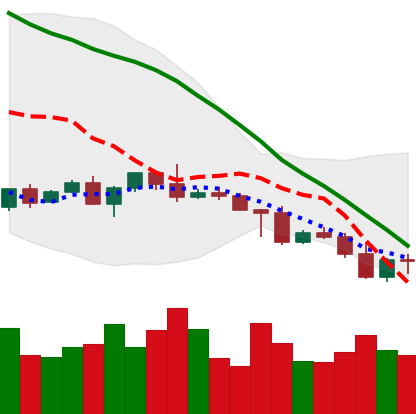
Ticker: NEO-USD
Chart end date: 2022-05-02
Forward return: -7.112%
Label: down_7plus